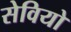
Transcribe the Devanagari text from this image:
सेवियो